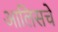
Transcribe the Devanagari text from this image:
आलिसचे